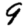
Digit: 9